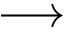
\longrightarrow